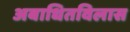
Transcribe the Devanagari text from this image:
अबाधितविलास